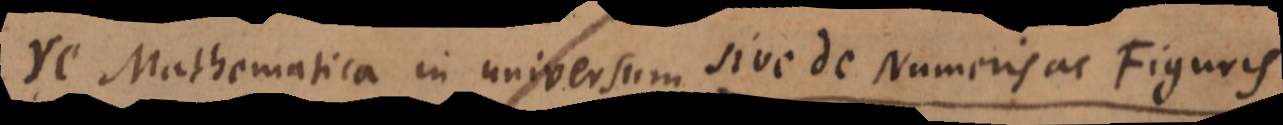
re Mathematica in universum sive de Numeris ac Figuris